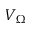
V _ { \Omega }